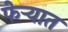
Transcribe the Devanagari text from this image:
फेऱ्यात